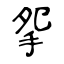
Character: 𢪸